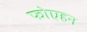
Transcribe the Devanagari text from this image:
फोएहन